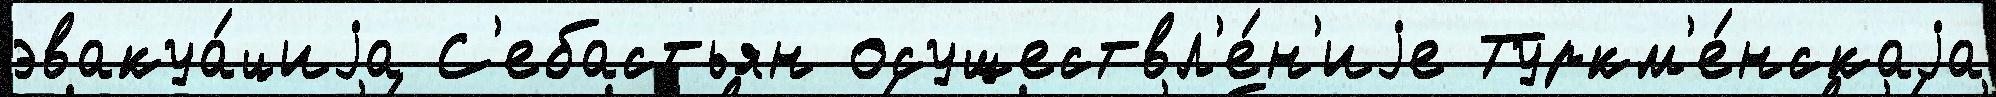
эвакуа́циjа С'ебастьян осуществл'е́н'иjе Туркм'е́нскаjа